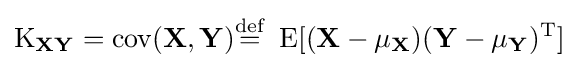
\operatorname {K} _{\mathbf {X} \mathbf {Y} }=\operatorname {cov} (\mathbf {X} ,\mathbf {Y} ){\stackrel {\mathrm {def} }{=}}\ \operatorname {E} [(\mathbf {X} -\mathbf {\mu _{X}} )(\mathbf {Y} -\mathbf {\mu _{Y}} )^{\rm {T}}]